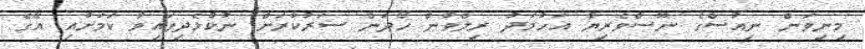
މިނިވަން ނިއުސްގެ ނޫސްވެރިޔާ އަހުމަދު ރިލްވާން ހޯދަން ސަރުކާރަށް ނުކުޅެދިފައިވާ ކަމަށާއި އޭގެ